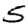
Digit: 5